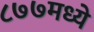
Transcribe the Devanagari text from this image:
८७७मध्ये